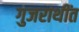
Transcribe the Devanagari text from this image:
गुजराथींत